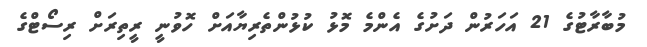
މުބާރާޓުގެ 21 އަހަރުން ދަށުގެ އެންމެ މޮޅު ކުޅުންތެރިޔާއަށް ހޮވުނީ ރީތިރަށް ރިސޯޓްގެ